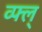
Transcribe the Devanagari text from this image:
व्फ्ल्